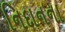
નિદાનના